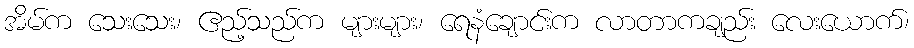
အိမ်က သေးသေး၊ ဧည့်သည်က များများ၊ ရေနံချောင်းက လာတာကချည်း လေးယောက်၊